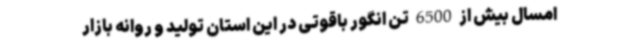
امسال بیش از 6500 تن انگور باقوتی در این استان تولید و روانه بازار